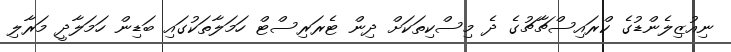
ނިއުޒިލެންޑުގެ ކްރައިސްޗާޗުގެ ދެ މިސްކިތަކަށް ދިން ޓެރަރިސްޓް ހަމަލާތަކުގައި ބަޑިން ހަމަލާދީ މަރާލި